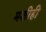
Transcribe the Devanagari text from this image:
मशीही